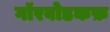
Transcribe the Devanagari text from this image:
गॉरबोडकफ़